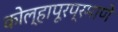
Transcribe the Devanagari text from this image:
कोल्हापूरप्रमाणे